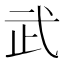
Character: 武